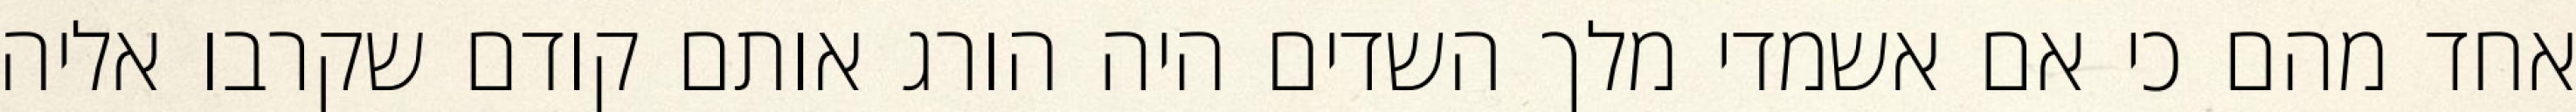
אחד מהם כי אם אשמדי‏ מלך השדים היה הורג אותם קודם שקרבו אליה